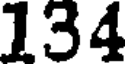
134